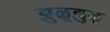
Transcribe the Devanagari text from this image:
झुळूझुळू